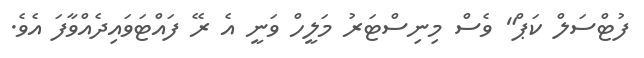
ފުޓްސަލް ކަޕް" ވެސް މިނިސްޓަރު މަލީހް ވަނީ އެ ރޭ ފައްޓަވައިދެއްވާފަ އެވެ.